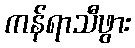
ကန်ရာသီဖွား